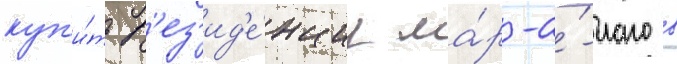
куп'и́ть р'ез'ид'е́нциу ма́р-а́-лаго в